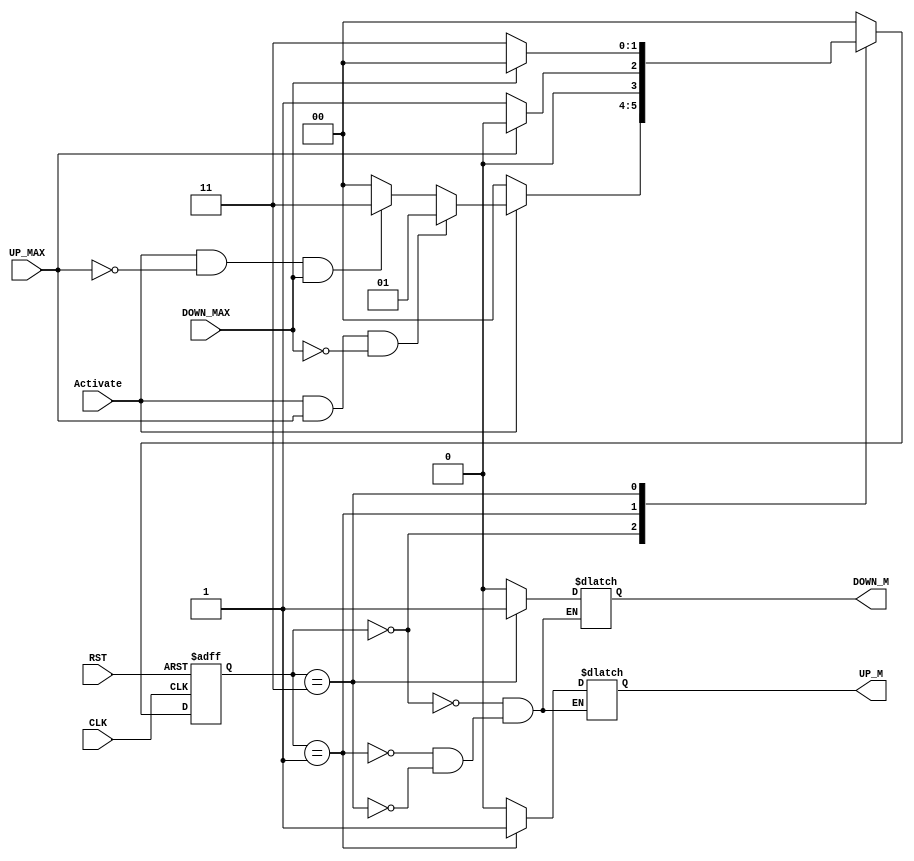
module AUTO(
  input     wire      UP_MAX,
  input     wire      DOWN_MAX,
  input     wire      CLK,
  input     wire      RST,
  input     wire      Activate,
  output    reg       UP_M,
  output    reg       DOWN_M
  );

reg   [1:0]   current_state;
reg   [1:0]   next_state;

localparam   S0=2'b00,//UP=0,DOWN=0,idle
             S1=2'b01,//UP=1,Down=0
             S2=2'b11;//Up=0,Down=1

always @(posedge CLK or negedge RST)
begin
  if(!RST)
    begin
      current_state=S0;//rest to idle
    end
  else
    begin
       current_state=next_state;     
    end
end

always @(*)
begin
  case(current_state)
    
    S0:
      begin
        UP_M=1'b0;
        DOWN_M=1'b0;
        
        if(!Activate)
          begin
            next_state=S0;
          end
        else if (Activate && UP_MAX && (~DOWN_MAX))
          begin
            next_state=S1; 
          end
          
        else if (Activate && (~UP_MAX) && DOWN_MAX)
          begin
            next_state=S2;
          end
        else
          begin
            next_state=S0;
          end
      end
    S1:
      begin
        UP_M=1'b1;
        DOWN_M=1'b0;
        if(UP_MAX)
          begin
            next_state=S0;
          end
        else
          begin
            next_state=S1;
          end
      end
    S2:
     begin
        UP_M=1'b0;
        DOWN_M=1'b1;
        if(DOWN_MAX)
          begin
            next_state=S0;
          end
        else
          begin
            next_state=S2;
          end
      end
    default:
      begin
        next_state=S0;
      end
    endcase
end
endmodule